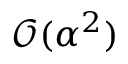
\mathcal { O } ( \alpha ^ { 2 } )